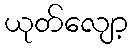
ယုတ်လျော့